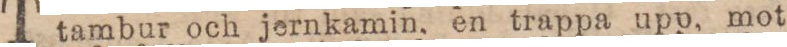
tambur och jernkamin, en trappa upp, mot